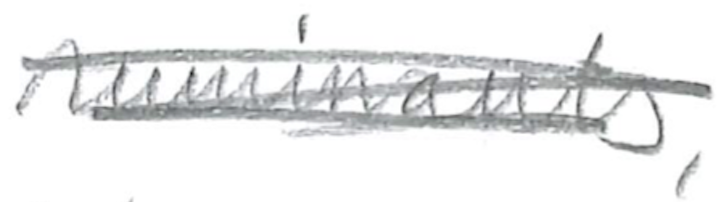
Text: ruminants,
Cross-out: scratch
Writing tool: pencil